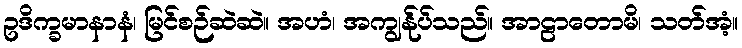
ဥဒိက္ခမာနာနံ၊ မြင်စဉ်ဆဲဆဲ။ အဟံ၊ အကျွန်ုပ်သည်။ အာဠာတောမိ၊ သတ်အံ့။